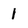
Character: 1